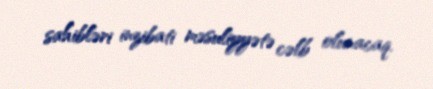
sahibləri inzibati məsuliyyətə cəlb olunacaq.